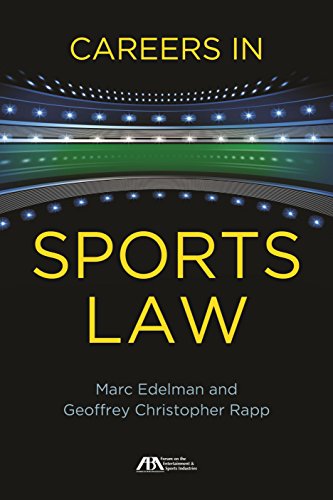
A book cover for Careers in Sports Law; Marc Edelman; Law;